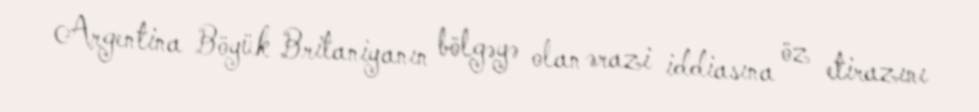
Argentina Böyük Britaniyanın bölgəyə olan ərazi iddiasına öz etirazını